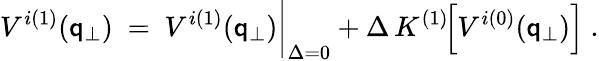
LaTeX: V^{i(1)}(\mathsf{q}_{\perp})\ =\ V^{i(1)}(\mathsf{q}_{\perp})\bigg|_{\Delta=0}+\Delta\, K^{(1)}\! \! \left[V^{i(0)}(\mathsf{q}_{\perp})\right]\ .